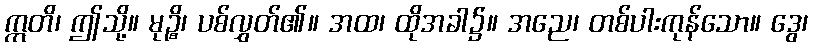
ဣတိ၊ ဤသို့။ မုဉ္စိ၊ ပစ်လွှတ်၏။ အထ၊ ထိုအခါ၌။ အညေ၊ တစ်ပါးကုန်သော။ ဒွေ၊